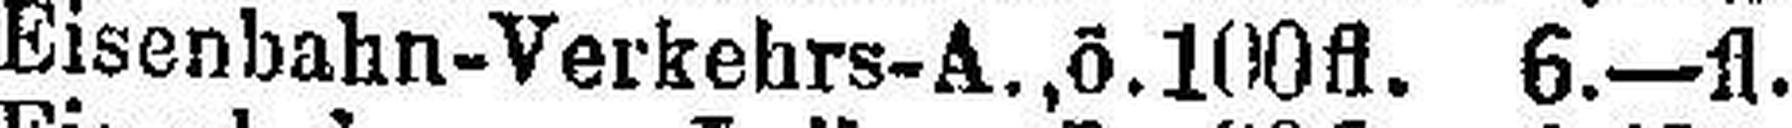
Eisenbahn-Verkehrs-A., ö. 100fl. 6—fl.